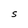
Character: S